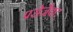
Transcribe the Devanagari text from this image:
परोजैक्ट